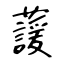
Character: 蘐